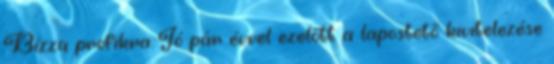
Bízza profikra Jó pár évvel ezelőtt a lapostető kivitelezése